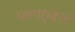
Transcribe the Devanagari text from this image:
प्लगएबल